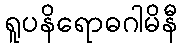
ရူပနိရောဓဂါမိနီ